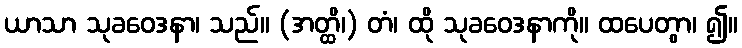
ယာသာ သုခဝေဒနာ၊ သည်။ (အတ္ထိ၊) တံ၊ ထို သုခဝေဒနာကို။ ထပေတွာ၊ ၍။